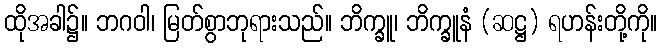
ထိုအခါ၌။ ဘဂဝါ၊ မြတ်စွာဘုရားသည်။ ဘိက္ခူ၊ ဘိက္ခူနံ (ဆဋ္ဌ) ရဟန်းတို့ကို။